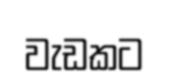
වැඩකට